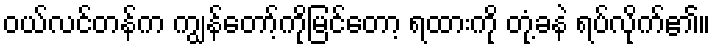
ဝယ်လင်တန်က ကျွန်တော့်ကိုမြင်တော့ ရထားကို တုံ့ခနဲ ရပ်လိုက်၏။